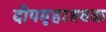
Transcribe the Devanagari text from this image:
दीपगृहाजवळ